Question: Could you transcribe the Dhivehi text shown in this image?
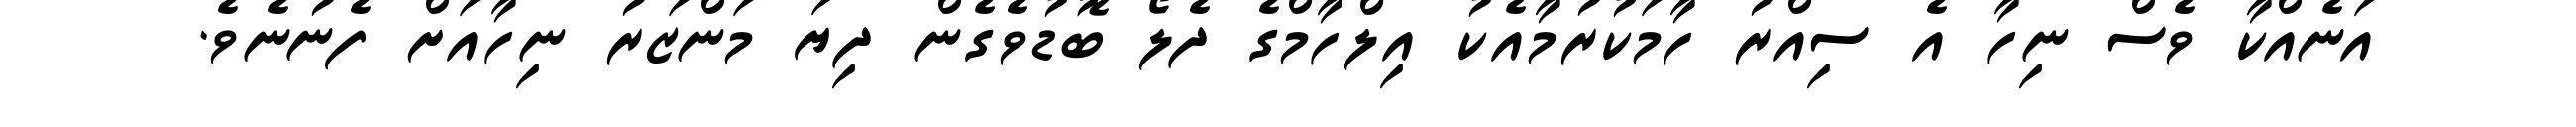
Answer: އަނެއްކާ ވެސް ނިހާ އެ ސިއްރު ހާމަކުރުމާއެކު އިލްހާމްގެ ދެލޯ ބޮޑުވެގެން ދިޔަ މަންޒަރު ނިހާއަށް ފެނުނެވެ.